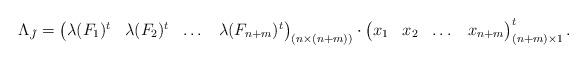
LaTeX: \begin{align*} \Lambda_{\Tilde{J}}=\begin{pmatrix} \lambda(F_1)^t & \lambda(F_2)^t & \dots & \lambda(F_{n+m})^t \end{pmatrix}_{(n \times (n+m))} \cdot \begin{pmatrix} x_1 & x_2 & \dots & x_{n+m} \end{pmatrix}^t_{(n+m) \times 1}.\end{align*}